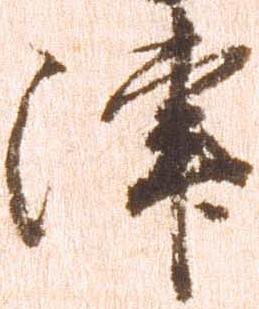
津